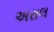
અરાલ